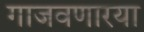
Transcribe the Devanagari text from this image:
गाजवणारया